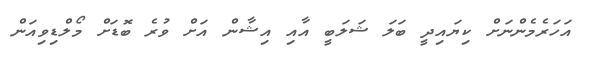
އަހަރެމެންނަށް ކިޔައިދީ ބަލަ ޝަލަބީ އާއި އިޝާން އަށް ވުރެ ބޮޑަށް މޯލްޑިވިއަން